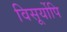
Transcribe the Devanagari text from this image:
विसूर्योपि